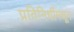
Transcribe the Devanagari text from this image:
प्रतिनिधींमधून